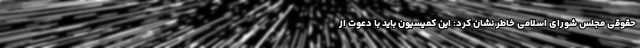
حقوقی مجلس شورای اسلامی خاطر نشان کرد: این کمیسیون باید با دعوت از